Calcutta medical institutions reports 1871-78
Year: 1871
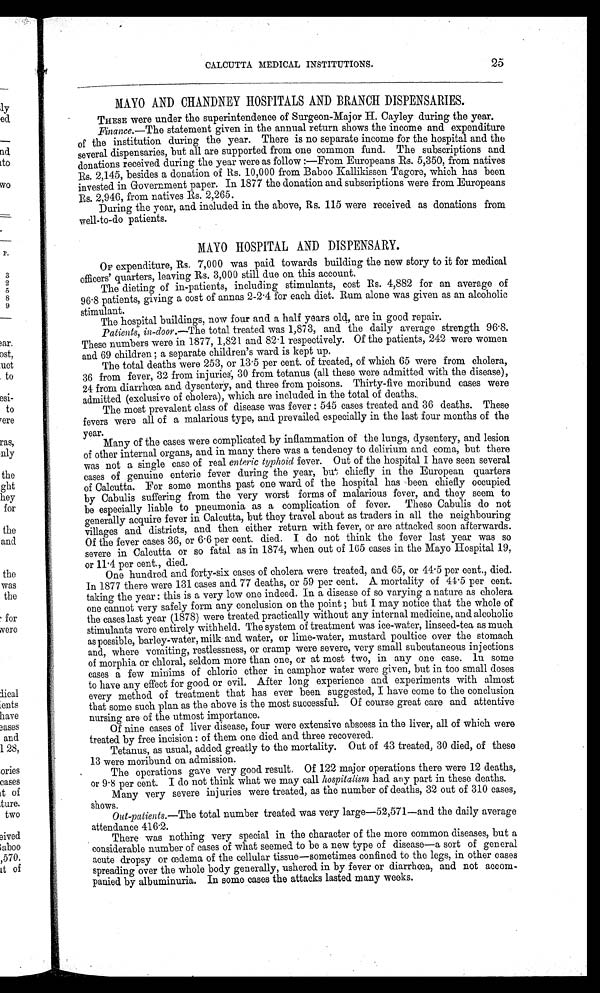
CALCUTTA MEDICAL INSTITUTIONS.
25
MAYO AND CHANDNEY HOSPITALS AND BRANCH DISPENSARIES.
THESE were under the superintendence of Surgeon-Major H. Cayley during the year.
Finance.—The statement given in the annual return shows the income and expenditure
of the institution during the year. There is no separate income for the hospital and the
several dispensaries, but all are supported from one common fund. The subscriptions and
donations received during the year were as follow:—From Europeans Rs. 5,350, from natives
Rs. 2,145, besides a donation of Rs. 10,000 from Baboo Kallikissen Tagore, which has been
invested in Government paper. In 1877 the donation and subscriptions were from Europeans
Rs. 2,946, from natives Rs. 2,265.
During the year, and included in the above, Rs. 115 were received as donations from
well-to-do patients.
MAYO HOSPITAL AND DISPENSARY.
OF expenditure, Rs. 7,000 was paid towards building the new story to it for medical
officers' quarters, leaving Rs. 3,000 still due on this account.
The dieting of in-patients, including stimulants, cost Rs. 4,882 for an average of
96.8 patients, giving a cost of annas 2-2.4 for each diet. Rum alone was given as an alcoholic
stimulant.
The hospital buildings, now four and a half years old, are in good repair.
Patients, in-door.— The total treated was 1,873, and the daily average strength 96.8.
These numbers were in 1877, 1,821 and 82.1 respectively. Of the patients, 242 were women
and. 69 children; a separate children's ward is kept up.
The total deaths were 253, or 13 . 5 per cent. of treated, of which 65 were from cholera,
36 from fever, 32 from injuries; 30 from tetanus (all these were admitted with the disease),
24 from diarrhœa and dysentery, and three from poisons. Thirty-five moribund cases were
admitted (exclusive of cholera), which are included in the total of deaths.
The most prevalent class of disease was fever: 545 cases treated and 36 deaths. These
fevers were all of a malarious type, and prevailed especially in the last four months of the
year.
Many of the cases were complicated by inflammation of the lungs, dysentery, and lesion
of other internal organs, and in many there was a tendency to delirium and coma, but there
was not a single case of real enteric typhoid fever. Out of the hospital I have seen several
cases of genuine enteric fever during the year, but chiefly in the European quarters
of Calcutta. For some months past one ward of the hospital has been chiefly occupied
by Cabulis suffering from the very worst forms of malarious fever, and they seem to
be especially liable to pneumonia as a complication of fever. These Cabulis do not
generally acquire fever in Calcutta, but they travel about as traders in all the neighbouring
villages and districts, and then either return with fever, or are attacked soon afterwards.
Of the fever cases 36, or 6 . 6 per cent. died. I do not think the fever last year was so
severe in Calcutta or so fatal as in 1874, when out of 165 cases in the Mayo Hospital 19,
or 11.4 per cent., died.
One hundred and forty-six cases of cholera were treated, and 65, or 44.5 per cent., died.
In 1877 there were 131 cases and 77 deaths, or 59 per cent. A mortality of 41.5 per cent.
taking the year: this is a very low one indeed. In a disease of so varying a nature as cholera
one cannot very safely form any conclusion on the point; but I may notice that the whole of
the cases last year (1878) were treated practically without any internal medicine, and alcoholic
stimulants were entirely withheld. The system of treatment was ice-water, linseed-tea as much
as possible, barley-water, milk and water, or lime-water, mustard poultice over the stomach
and, where vomiting, restlessness, or cramp were severe, very small subcutaneous injections
of morphia or chloral, seldom more than one, or at most two, in any one case. In some
cases a few minims of chloric ether in camphor water were given, but in too small doses
to have any effect for good or evil. After long experience and experiments with almost
every method of treatment that has ever been suggested, I have come to the conclusion
that some such plan as the above is the most successful. Of course great care and attentive
nursing are of the utmost importance.
Of nine cases of liver disease, four were extensive abscess in the liver, all of which were
treated by free incision: of them one died and three recovered.
Tetanus, as usual, added greatly to the mortality. Out of 43 treated, 30 died, of these
13 were moribund. on admission.
The operations gave very good result. Of 122 major operations there were 12 deaths,
or 9.8 per cent. I do not think what we may call hospitalism had any part in these deaths.
Many very severe injuries were treated, as the number of deaths, 32 out of 310 cases,
shows.
Out-patients.—The total number treated was very large-52,571—and the daily average
attendance 416.2.
There was nothing very special in the character of the more common diseases, but a
considerable number of cases of what seemed to be a new type of disease—a sort of general
acute dropsy or œdema of the cellular tissue—sometimes confined to the legs, in other cases
spreading over the whole body generally, ushered. in by fever or diarrhœa, and not accom-
panied by albuminuria. In some cases the attacks lasted many weeks.